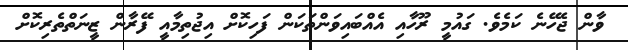
ވާން ޖެހޭނެ ކަމެވެ. ގައުމީ ރޫހާއި އެއްބައިވަންތަކަން ފަހިކޮށް އިޖުތިމާއީ ފޭރާން ޒީނަތްތެރިކޮށް